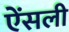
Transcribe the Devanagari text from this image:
ऐंसली